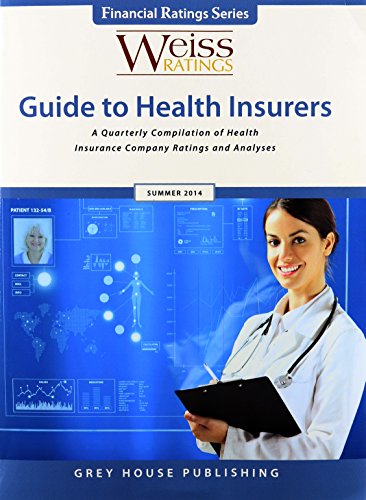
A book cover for Weiss Ratings Guide to Health Insurers; Business & Money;